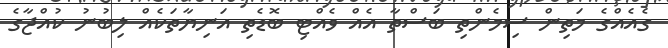
ގެއެއްގެ މަތިން ސިމެންތި ބަސްތާ އެއް ވެއްޓި ބޮޑެތި އަނިޔާތަކެއް ލިބުނު ކުއްޖާގެ